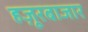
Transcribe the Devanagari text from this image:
हज़ूरबाजार